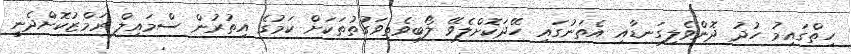
ހިތްގައިމު ހުދު ދޮންވެލިގަނޑާއި އެތަނުގައި ހޭދަކޮށްލެވޭ ލޯބިވެތިވަގުތުތަކަށް ކަމުގެ އިތުރުން ސްމައިލް ރަމްޒުކޮށްދެނީ